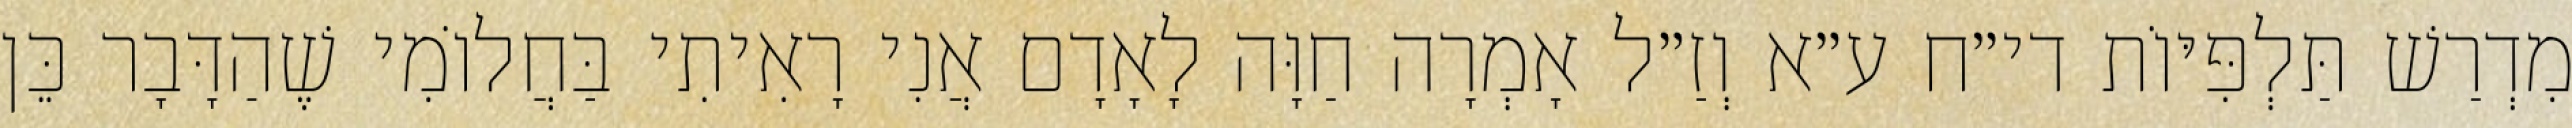
מִדְרַשׁ תַּלְפִּיּוֹת די״ח ע״א וְזַ״ל אָמְרָה חַוָּה לָאָדָם אֲנִי רָאִיתִי בַּחֲלוֹמִי שֶׁהַדָּבָר כֵּן